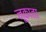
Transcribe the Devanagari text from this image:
नूकाता